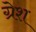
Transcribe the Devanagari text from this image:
ग्रेश